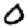
Digit: 0